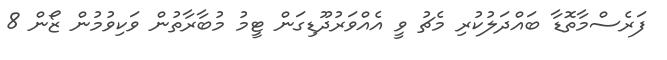
ފަރެސްމާތޮޑާ ބައްދަލުކުރި މެޗު ވީ އެއްވަރުދޫޑިގަން ޓީމު މުބާރާތުން ވަކިވުމުން ޒޯން 8